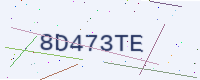
Text: 8D473TE